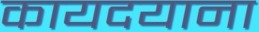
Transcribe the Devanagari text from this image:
कायदयाना